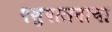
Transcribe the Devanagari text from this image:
पशुपालनाचा